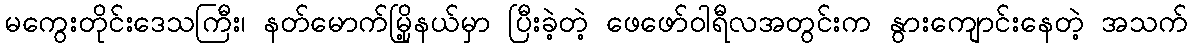
မကွေးတိုင်းဒေသကြီး၊ နတ်မောက်မြို့နယ်မှာ ပြီးခဲ့တဲ့ ဖေဖော်ဝါရီလအတွင်းက နွားကျောင်းနေတဲ့ အသက်